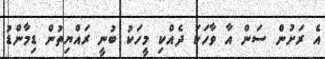
އެ ރަށުން ސަން އާ ވާހަކަ ދެއްކި މީހަކު ބުނީ ރައްޔިތުން ޑިމާންޑު